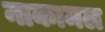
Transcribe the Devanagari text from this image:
नाकामल